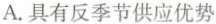
A.具有反季节供应优势